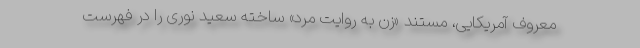
معروف آمریکایی، مستند «زن به روایت مرد» ساخته سعید نوری را در فهرست